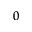
_ 0